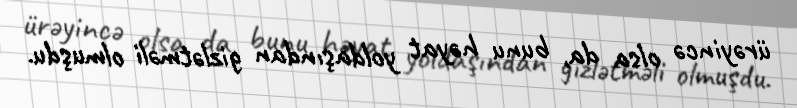
ürəyincə olsa da, bunu həyat yoldaşından gizlətməli olmuşdu.